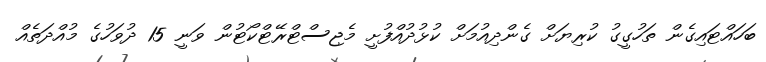
ބަހައްޓައިގެން ތަހުގީގު ކުރިޔަށް ގެންދިއުމަށް ކުޅުދުއްފުށީ މެޖިސްޓްރޭޓްކޯޓުން ވަނީ 15 ދުވަހުގެ މުއްދަތެއް